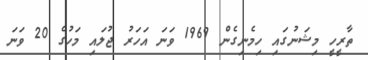
ތާރީހީ މިޝަނުގައި ހިމެނިގެން 1969 ވަނަ އަހަރު ޖުލައި މަހުގެ 20 ވަނަ